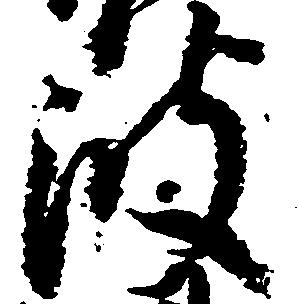
波